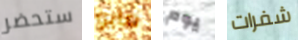
ستحضر مايو يوم شفرات